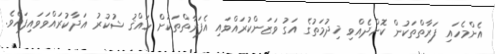
އެންމެހައި ފަރާތްތަކުން ކޮށްދެއްވި ޚިދުމަތުގެ އަގު ވަޒަންކުރައްވައި އެފަރާތްތަކަށް ހައްޤު ޝުކުރު އަދާކުރައްވަވައިފައެވެ.